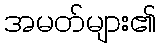
အမတ်များ၏